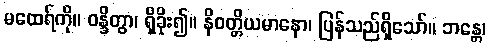
မထေရ်ကို။ ဝန္ဒိတွာ၊ ရှိခိုး၍။ နိဝတ္တိယမာနော၊ ပြန်သည်ရှိသော်။ ဘန္တေ၊